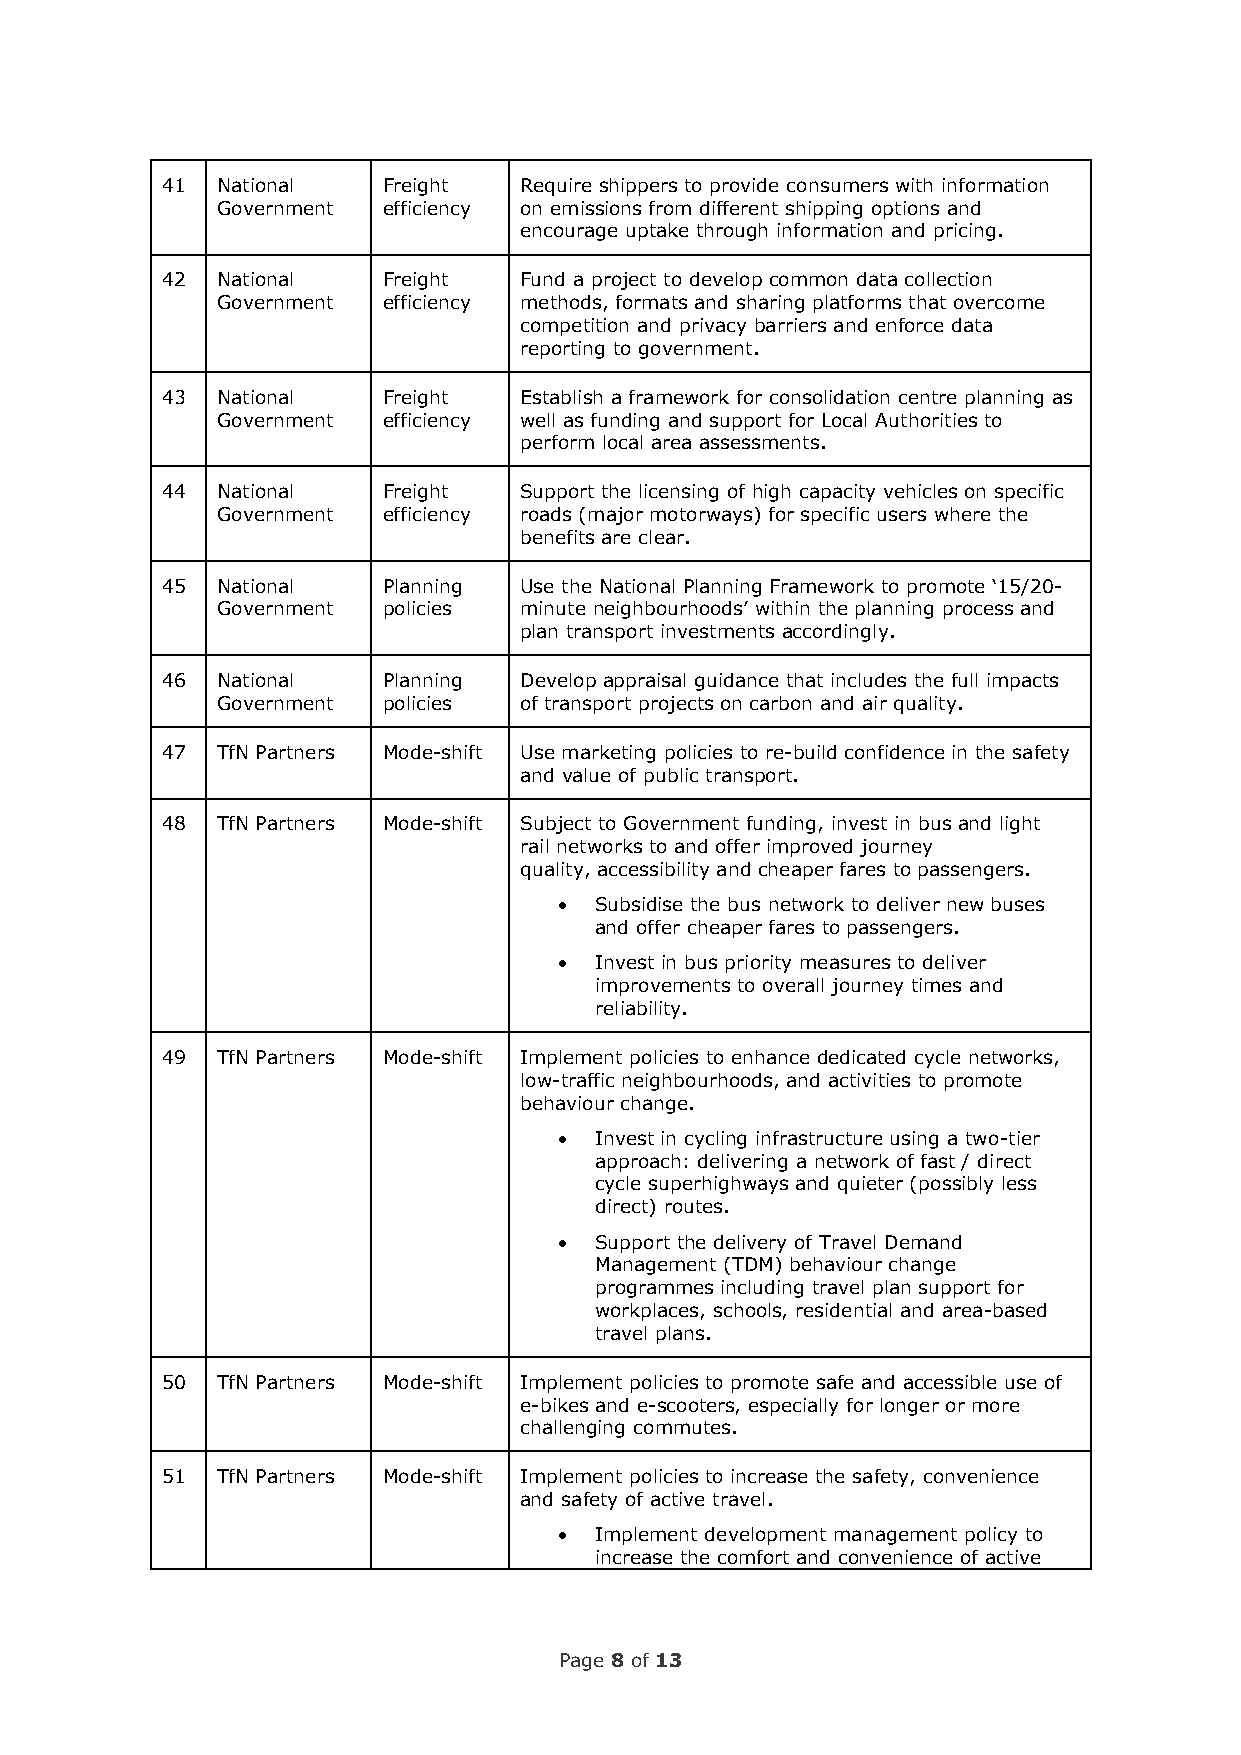
41 National   Freight  Require shippers to provide consumers with information
 Government efficiency on emissions from different shipping options and
 encourage uptake through information and pricing.
 42 National   Freight  Fund a project to develop common data collection
 Government efficiency methods, formats and sharing platforms that overcome
 competition and privacy barriers and enforce data
 reporting to government.
 43 National   Freight  Establish a framework for consolidation centre planning as
 Government efficiency well as funding and support for Local Authorities to
 perform local area assessments.
 44 National   Freight  Support the licensing of high capacity vehicles on specific
 Government efficiency roads (major motorways) for specific users where the
 benefits are clear.
 45 National   Planning Use the National Planning Framework to promote ‘15/20-
 Government policies minute neighbourhoods’ within the planning process and
 plan transport investments accordingly.
 46 National   Planning Develop appraisal guidance that includes the full impacts
 Government policies of transport projects on carbon and air quality.
 47 TfN Partners Mode-shift Use marketing policies to re-build confidence in the safety
 and value of public transport.
 48 TfN Partners Mode-shift Subject to Government funding, invest in bus and light
 rail networks to and offer improved journey
 quality, accessibility and cheaper fares to passengers.
 • Subsidise the bus network to deliver new buses
 and offer cheaper fares to passengers.
 • Invest in bus priority measures to deliver
 improvements to overall journey times and
 reliability.
 49 TfN Partners Mode-shift Implement policies to enhance dedicated cycle networks,
 low-traffic neighbourhoods, and activities to promote
 behaviour change.
 • Invest in cycling infrastructure using a two-tier
 approach: delivering a network of fast / direct
 cycle superhighways and quieter (possibly less
 direct) routes.
 • Support the delivery of Travel Demand
 Management (TDM) behaviour change
 programmes including travel plan support for
 workplaces, schools, residential and area-based
 travel plans.
 50 TfN Partners Mode-shift Implement policies to promote safe and accessible use of
 e-bikes and e-scooters, especially for longer or more
 challenging commutes.
 51 TfN Partners Mode-shift Implement policies to increase the safety, convenience
 and safety of active travel.
 • Implement development management policy to
 increase the comfort and convenience of active
 Page 8 of 13